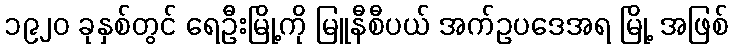
၁၉၂၀ ခုနှစ်တွင် ရေဦးမြို့ကို မြူနီစီပယ် အက်ဥပဒေအရ မြို့ အဖြစ်